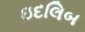
ઇદલિબ